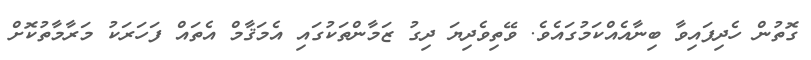
ގޮތުން ހެދިފައިވާ ބިނާއެއްކަމުގައެވެ. ވޭތިވެދިޔަ ދިގު ޒަމާންތަކުގައި އެމަޤާމް އެތައް ފަހަރަކު މަރާމާތުކޮށް